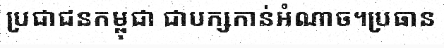
ប្រជាជនកម្ពុជា ជាបក្សកាន់អំណាច។ប្រធាន